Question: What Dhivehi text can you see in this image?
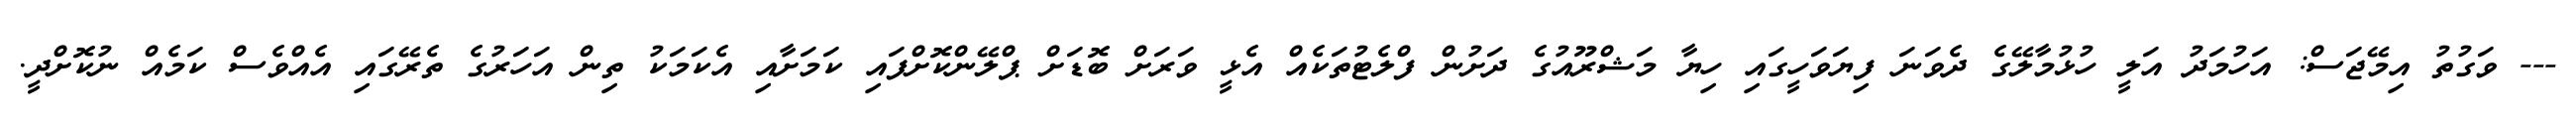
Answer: --- ވަގުތު އިމޭޖަސް: އަހުމަދު އަލީ ހުޅުމާލޭގެ ދެވަނަ ފިޔަވަހީގައި ހިޔާ މަޝްރޫއުގެ ދަށުން ފްލެޓުތަކެއް އެޅީ ވަރަށް ބޮޑަށް ޕްލޭންކޮށްފައި ކަމަށާއި އެކަމަކު ތިން އަހަރުގެ ތެރޭގައި އެއްވެސް ކަމެއް ނުކޮށްދީ.